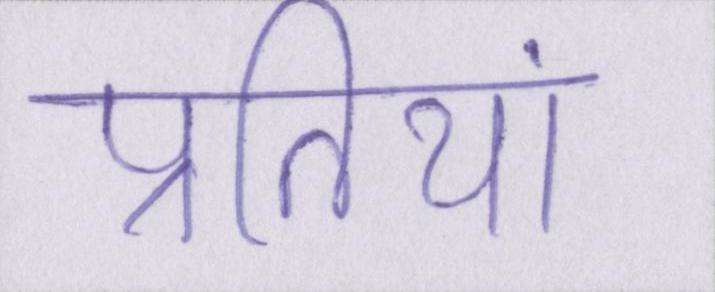
प्रतियां